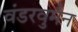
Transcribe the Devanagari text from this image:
वंडरवुमैन